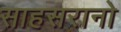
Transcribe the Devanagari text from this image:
साहसरानो